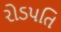
રોડપતિ